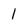
Character: 1